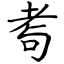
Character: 耉